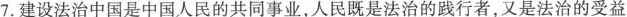
7.建设法治中国是中国人民的共同事业，人民既是法治的践行者，又是法治的受益